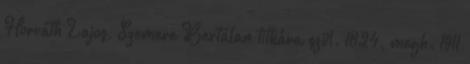
Horváth Lajos, Szemere Bertalan titkára szül. 1824, megh. 1911